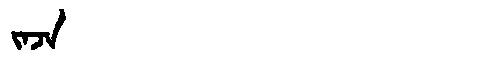
Manchu: ᠵᠠᠵᠠ
Romanization: JAJA